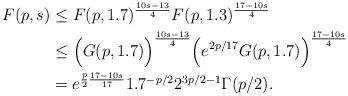
LaTeX: \begin{align*}F(p,s) &\leq F(p, 1.7)^{\frac{10s-13}{4}} F(p, 1.3)^{\frac{17-10s}{4}}\\&\leq \Big(G(p, 1.7)\Big)^{\frac{10s-13}{4}}\Big(e^{2p/17}G(p, 1.7)\Big)^{\frac{17-10s}{4}} \\&= e^{\frac{p}{2}\frac{17-10s}{17}}1.7^{-p/2}2^{3p/2-1}\Gamma(p/2).\end{align*}